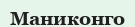
Маниконго